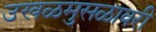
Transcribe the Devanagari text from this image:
उखळमुसळावरी